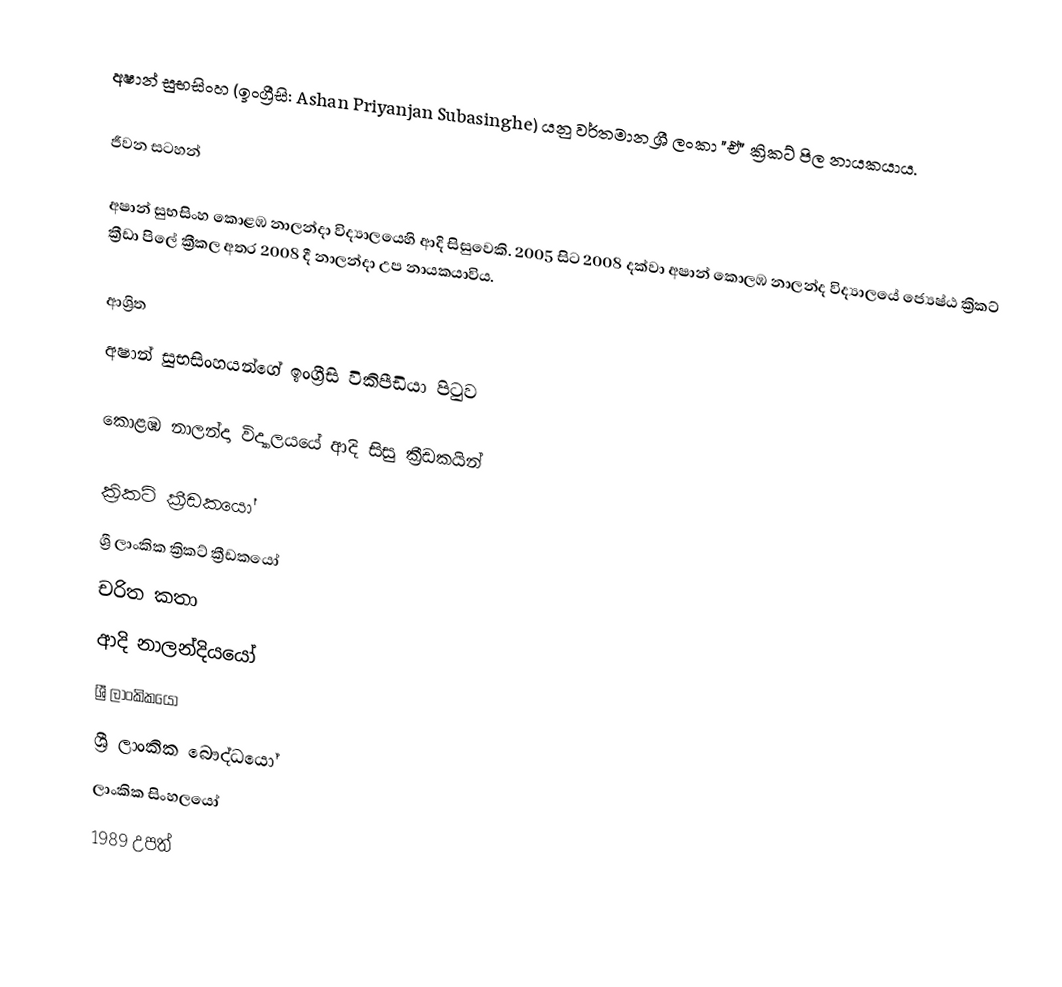
අෂාන් සුභසිංහ (ඉංග්‍රීසි: Ashan Priyanjan Subasinghe) යනු වර්තමාන ශ්‍රී ලංකා "ඒ" ක්‍රිකට් පිල නායකයාය.

ජීවන සටහන්

අෂාන් සුභසිංහ  කොළඹ නාලන්දා විද්‍යා‍ලයෙහි ආදි සිසුවෙකි. 2005 සිට 2008 දක්වා අෂාන්  කොලඹ නාලන්ද  විද්‍යාලයේ  ජ්‍යෙෂ්ඨ ක්‍රිකට් ක්‍රීඩා පිලේ ක්‍රීකල අතර 2008 දී නාලන්දා උප නායකයාවිය.

ආශ්‍රිත
අෂාන් සුභසිංහයන්ගේ ඉංග්‍රීසි විකිපීඩියා පිටුව

කොළඹ නාලන්දා විද්‍යාලයයේ ආදි සිසු ක්‍රීඩකයින්

ක්‍රිකට් ක්‍රීඩකයෝ
ශ්‍රී ලාංකික ක්‍රිකට් ක්‍රීඩකයෝ
චරිත කතා
ආදි නාලන්දියයෝ
ශ්‍රී ලාංකිකයෝ
ශ්‍රී ලාංකික බෞද්ධයෝ
ලාංකික සිංහලයෝ
1989 උපත්